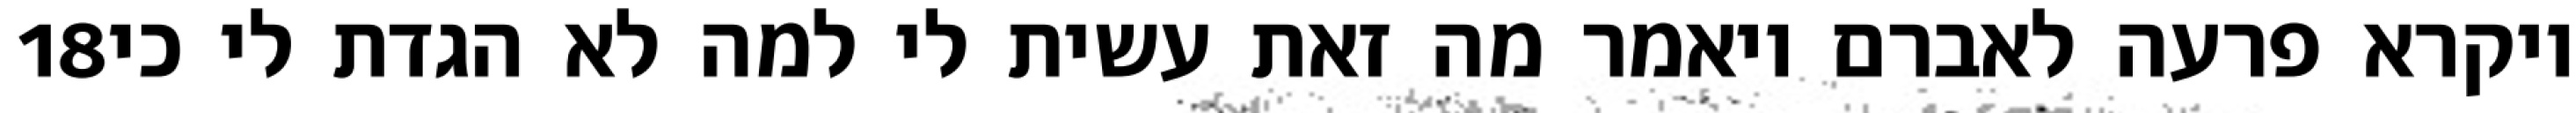
‎18‏ ויקרא פרעה לאברם ויאמר מה זאת עשית לי למה לא הגדת לי כי